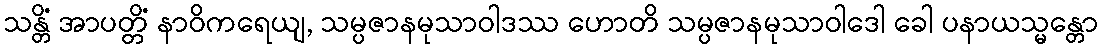
သန္တိံ အာပတ္တိံ နာဝိကရေယျ, သမ္ပဇာနမုသာဝါဒဿ ဟောတိ သမ္ပဇာနမုသာဝါဒေါ ခေါ ပနာယသ္မန္တော